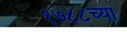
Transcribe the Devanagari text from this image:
१७८८च्या